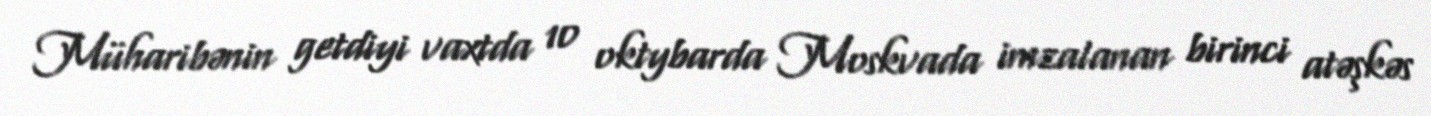
Müharibənin getdiyi vaxtda 10 oktybarda Moskvada imzalanan birinci atəşkəs